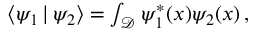
\begin{array} { r } { \left< \psi _ { 1 } \, | \, \psi _ { 2 } \right> = \int _ { \mathcal { D } } \psi _ { 1 } ^ { * } ( x ) \psi _ { 2 } ( x ) \, , } \end{array}